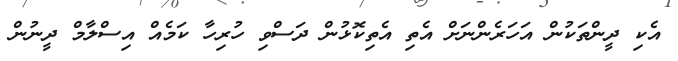
އެކި ދީންތަކުން އަހަރެންނަށް އެތި އެތިކޮޅުން ދަސްވި ހުރިހާ ކަމެއް އިސްލާމް ދީނުން